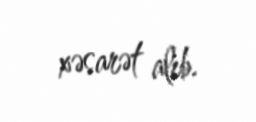
xəsarət alıb.